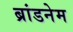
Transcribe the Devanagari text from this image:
ब्रांडनेम